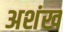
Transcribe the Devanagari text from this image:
अशंख